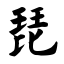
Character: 琵